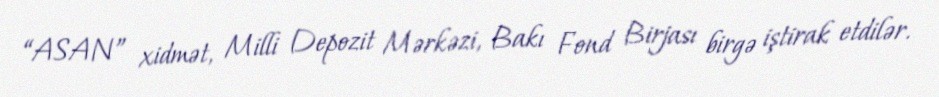
“ASAN” xidmət, Milli Depozit Mərkəzi, Bakı Fond Birjası birgə iştirak etdilər.